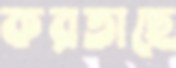
করতাছে